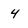
Character: 4